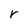
Character: r